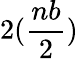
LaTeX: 2(\frac{nb}{2})